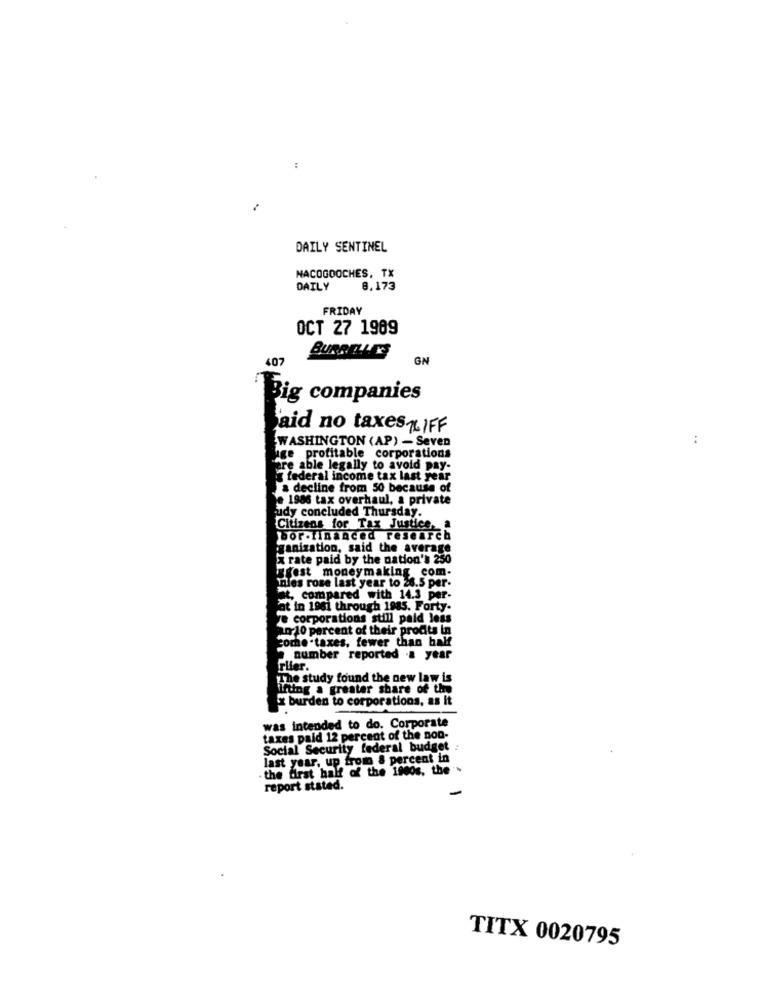
DAILY SENTINEL
NACOGDOCHES, TX
DAILY
8,173
FRIDAY
OCT 27 1969
BURBELLES
407
GN
Big companies
Said no taxesLIFF
WASHINGTON (AP) - Seven
uge profitable corporations
are able legally to avoid pay-
federal income tax last year
a decline from 50 because of
je 1986 tax overhaul, a private
rudy concluded Thursday.
Citizens for Tax Justice.
bor -financed research
ganization, said the average
x rate paid by the nation's 230
iggest moneymaking com-
nies rose last year to 28.5 per-
at, compared with 14.3 per-
at in 1961 through 1985. Forty-
ve corporations still paid less
2010 percent of their prodts in
come.taxes, fewer than half
number reported .a year
rifer.
The study found the new law is
fting a greater share of the
x burden to corporations, as it
was intended to do. Corporate
taxes paid 12 percent of the non-
Social Security federal budget :
last year, up from & percent in
the first half of the 1900s, the .
report stated.
TITX 0020795